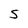
Character: S